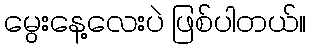
မွေးနေ့လေးပဲ ဖြစ်ပါတယ်။